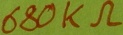
Text: 680KΩ